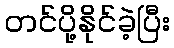
တင်ပို့နိုင်ခဲ့ပြီး